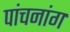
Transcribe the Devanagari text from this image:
पांचनांग